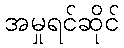
အမှုရင်ဆိုင်